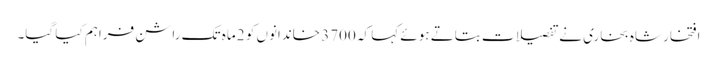
افتخار شاہ بخاری نے تفصیلات بتاتے ہوئے کہا کہ 3700 خاندانوں کو 2 ماہ تک راشن فراہم کیا گیا۔